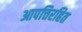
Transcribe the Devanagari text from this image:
आपत्तिरहित